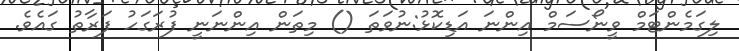
ލިގަމެންޓަމް ވީނޯސަމް އިންނަ އަޑިކޮޅު:ނުވަތަ () މިތަން އިންނަނީ ފުރަގަހު ފަރާތު ގައެވެ.